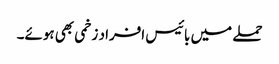
حملے میں بائیس افراد زخمی بھی ہوئے۔